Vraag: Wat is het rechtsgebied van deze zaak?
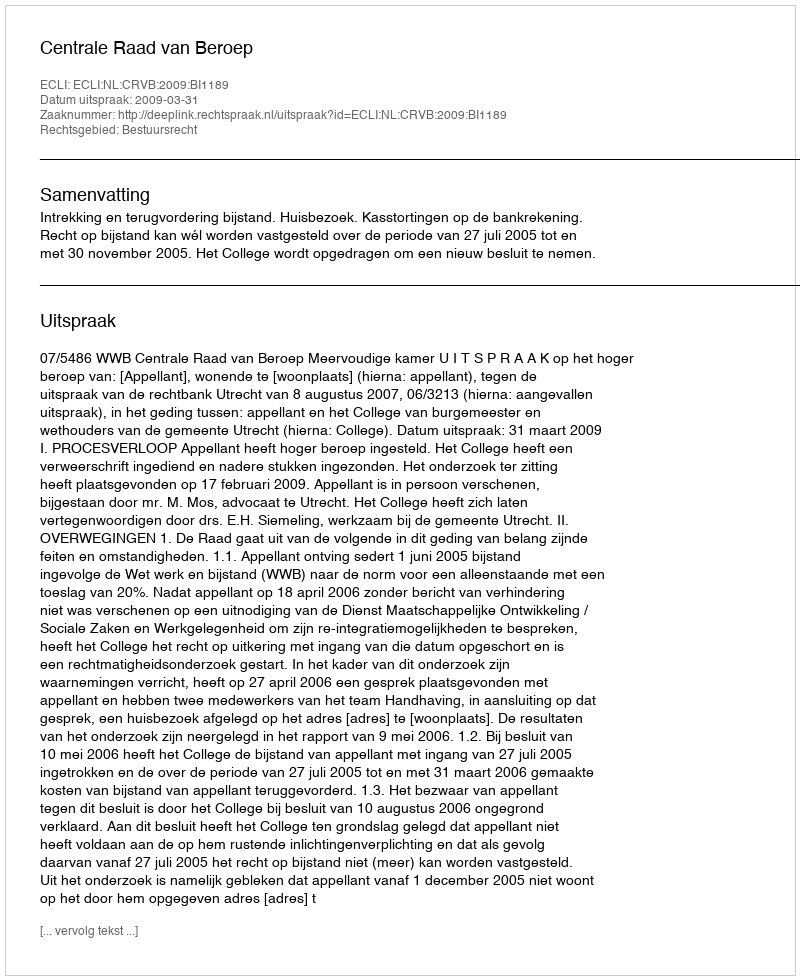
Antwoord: Bestuursrecht